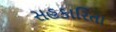
સહકારિતા